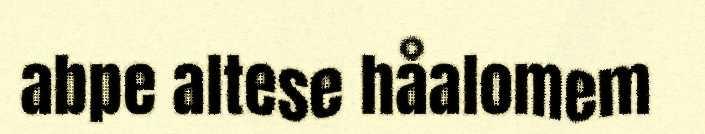
abpe altese håalomem